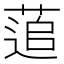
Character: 𮐕